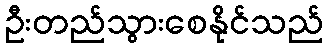
ဦးတည်သွားစေနိုင်သည်